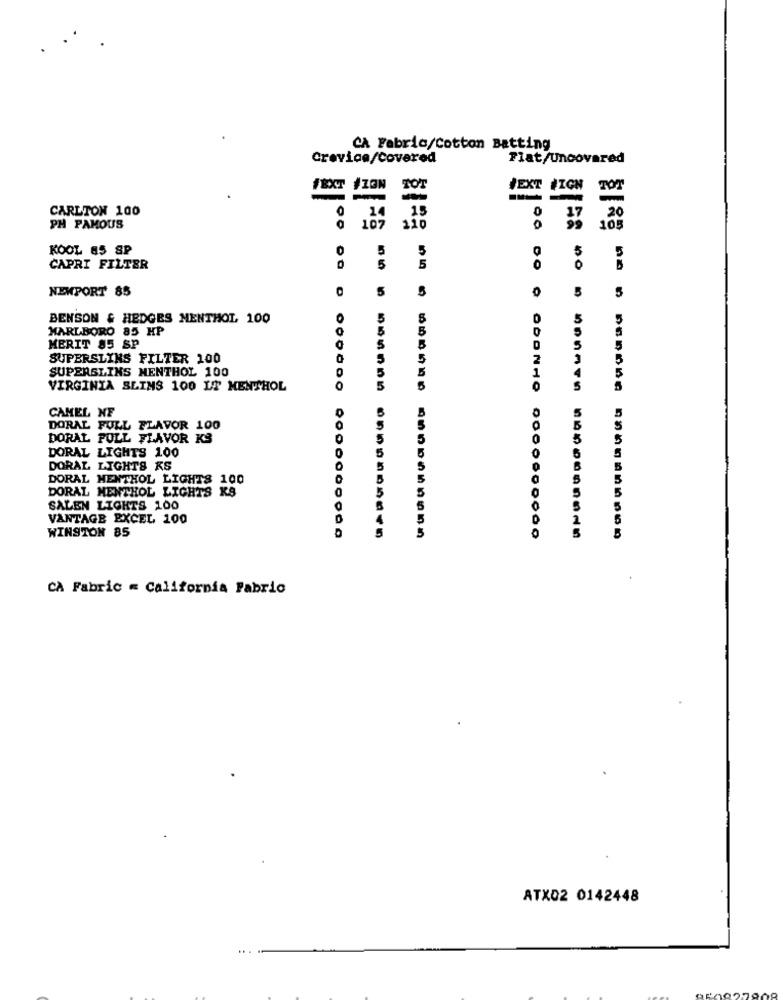
CA Fabric/Cotton Batting
Crevice/Covered
Flat/Uncovered
#EXT #1ON
JEXT #IGN
TOT
-
-
-
CARLTON 100
0
15
0
17
20
PH FAMOUS
107
110
105
KOOL 85 SP
0
5
5
CAPRI FILTER
5
5
NEWPORT 85
5
5
5
BENSON & HEDGES MENTHOL 100
0
5
5
5
MARLBORO 85 HP
5
5
MERIT 85 SP
5
SUPERSLINS FILTER 100
5
2
5
SUPERSLINS MENTHOL 100
1
4
VIRGINIA SEINS 100 LT MENTHOL
5
ODONHO
5
5
CAMEL ME
DORAL FULL FLAVOR 100
DORAL FULL FLAVOR KS
0
5
0
DORAL LIGHTS 100
0
5
5
0
5
DORAL LIGHTS KS
0
5
S
DORAL MENTHOL LIGHTS 100
O
5
DORAL MENTHOL LIGHTS KS
0
5
5
5
SALEN LIGHTS 100
5
VANTAGE EXCEL 100
WINSTON 85
5
0
CA Fabric = California Fabric
ATX02 0142448